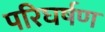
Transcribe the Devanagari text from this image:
परिघर्षण